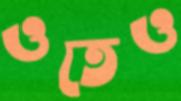
ওতেও